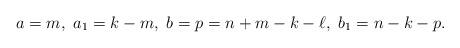
LaTeX: \begin{align*} a= m, \ a_1 = k-m, \ b= p = n+m-k-\ell, \ b_1 = n-k-p .\end{align*}